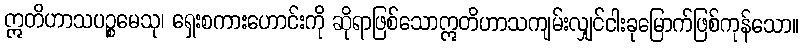
ဣတိဟာသပဉ္စမေသု၊ ရှေးစကားဟောင်းကို ဆိုရာဖြစ်သောဣတိဟာသကျမ်းလျှင်ငါးခုမြောက်ဖြစ်ကုန်သော။